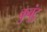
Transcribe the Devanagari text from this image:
कुबुंटु